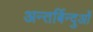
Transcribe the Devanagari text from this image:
अन्तर्बिन्दुओं